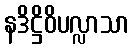
နဒိဋ္ဌိဝိပလ္လာသာ